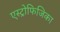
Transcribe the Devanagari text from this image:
एस्ट्रोफिजिका